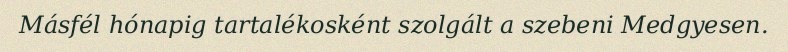
Másfél hónapig tartalékosként szolgált a szebeni Medgyesen.